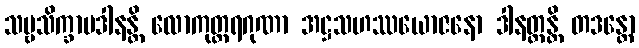
သဗ္ဗသိက္ခာပဒါနန္တိ လောကုတ္တရဂုဏာ အဋ္ဌသဟဿယောဇနော ဒါနတ္ထန္တိ တဒန္တော